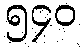
၅၄၀